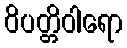
ဝိပတ္တိဝါရော